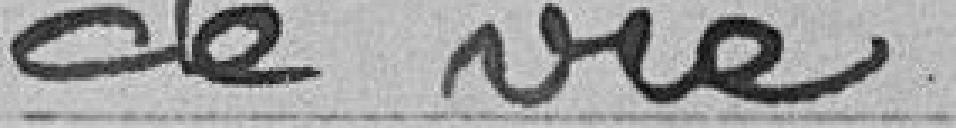
de vie